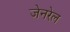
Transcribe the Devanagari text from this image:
जेनरेल